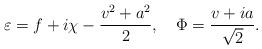
LaTeX: \begin{align*}\varepsilon= f+ i\chi -\frac{v^2+a^2}{2},\quad\Phi=\frac{v+ia}{\sqrt{2}}.\end{align*}